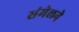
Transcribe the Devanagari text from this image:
संमेलनेे